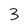
Character: 3